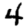
Digit: 4